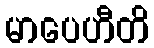
မာပေဟီတိ